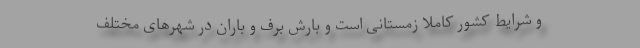
و شرایط کشور کاملا زمستانی است و بارش برف و باران در شهر‌های مختلف